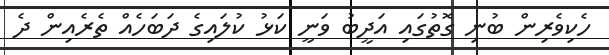
ހެކިވެރިން ބުނި ގޮތުގައި އަދީބު ވަނީ ކަޅު ކުލައިގެ ދަބަހެއް ތެރެއިން ދެ